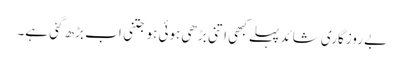
بے روزگاری شائد پہلے کبھی اتنی بڑھی ہوئی ہو جتنی اب بڑھ گئی ہے۔